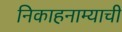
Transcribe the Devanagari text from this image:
निकाहनाम्याची